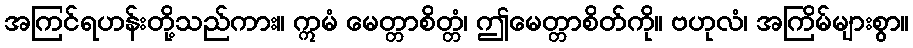
အကြင်ရဟန်းတို့သည်ကား။ ဣမံ မေတ္တာစိတ္တံ၊ ဤမေတ္တာစိတ်ကို။ ဗဟုလံ၊ အကြိမ်များစွာ။